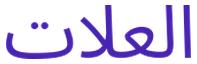
العلات